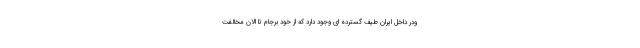
‌ودر داخل ایران طیف گسترده ای وجود دارد که از خود برجام تا الان مخالفت